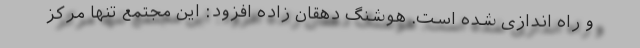
و راه اندازی شده است. هوشنگ دهقان زاده افزود: این مجتمع تنها مرکز